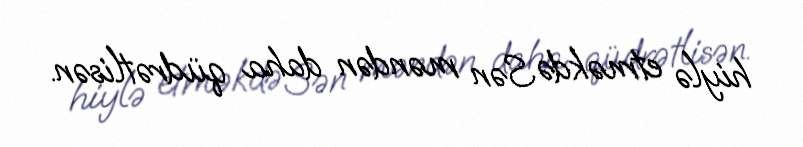
hiylə etməkdə Sən məndən daha qüdrətlisən.